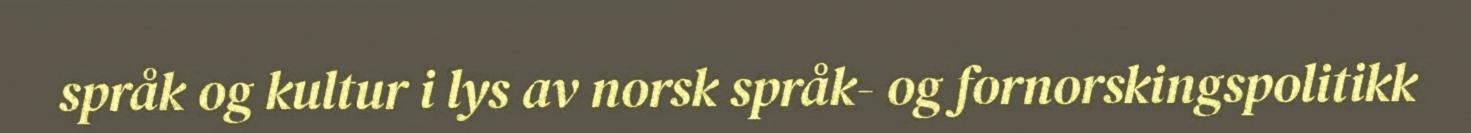
språk og kultur i lys av norsk språk- og fornorskingspolitikk